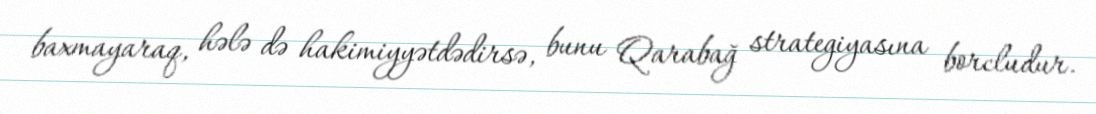
baxmayaraq, hələ də hakimiyyətdədirsə, bunu Qarabağ strategiyasına borcludur.